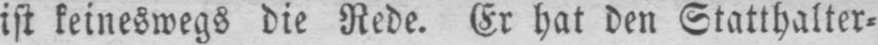
ist keineswegs die Rede. Er hat den Statthalter⸗